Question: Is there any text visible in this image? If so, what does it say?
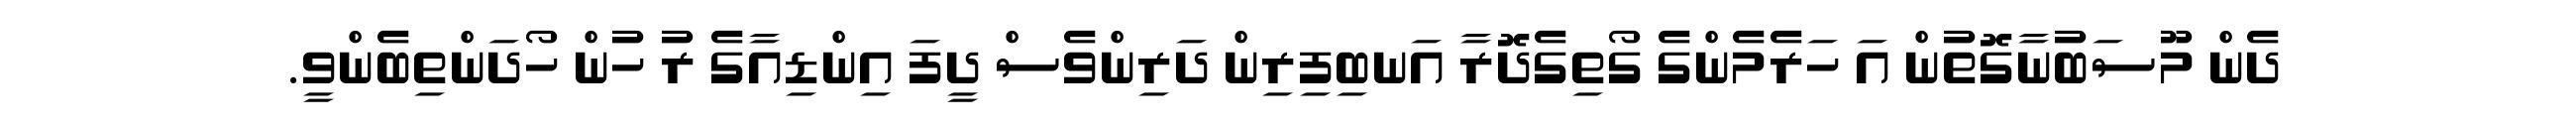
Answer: ދެން މޫސަބުނާގޮތުން އަ ހަރެމެންގެ ގޯތިގެދޮރާ އަނބިފިރިން ދަރިންވެސް ދީފަ އިންޑިއާގެ ރު ހުން ހޯދަންތިބެންވީ.